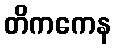
တိကကေန